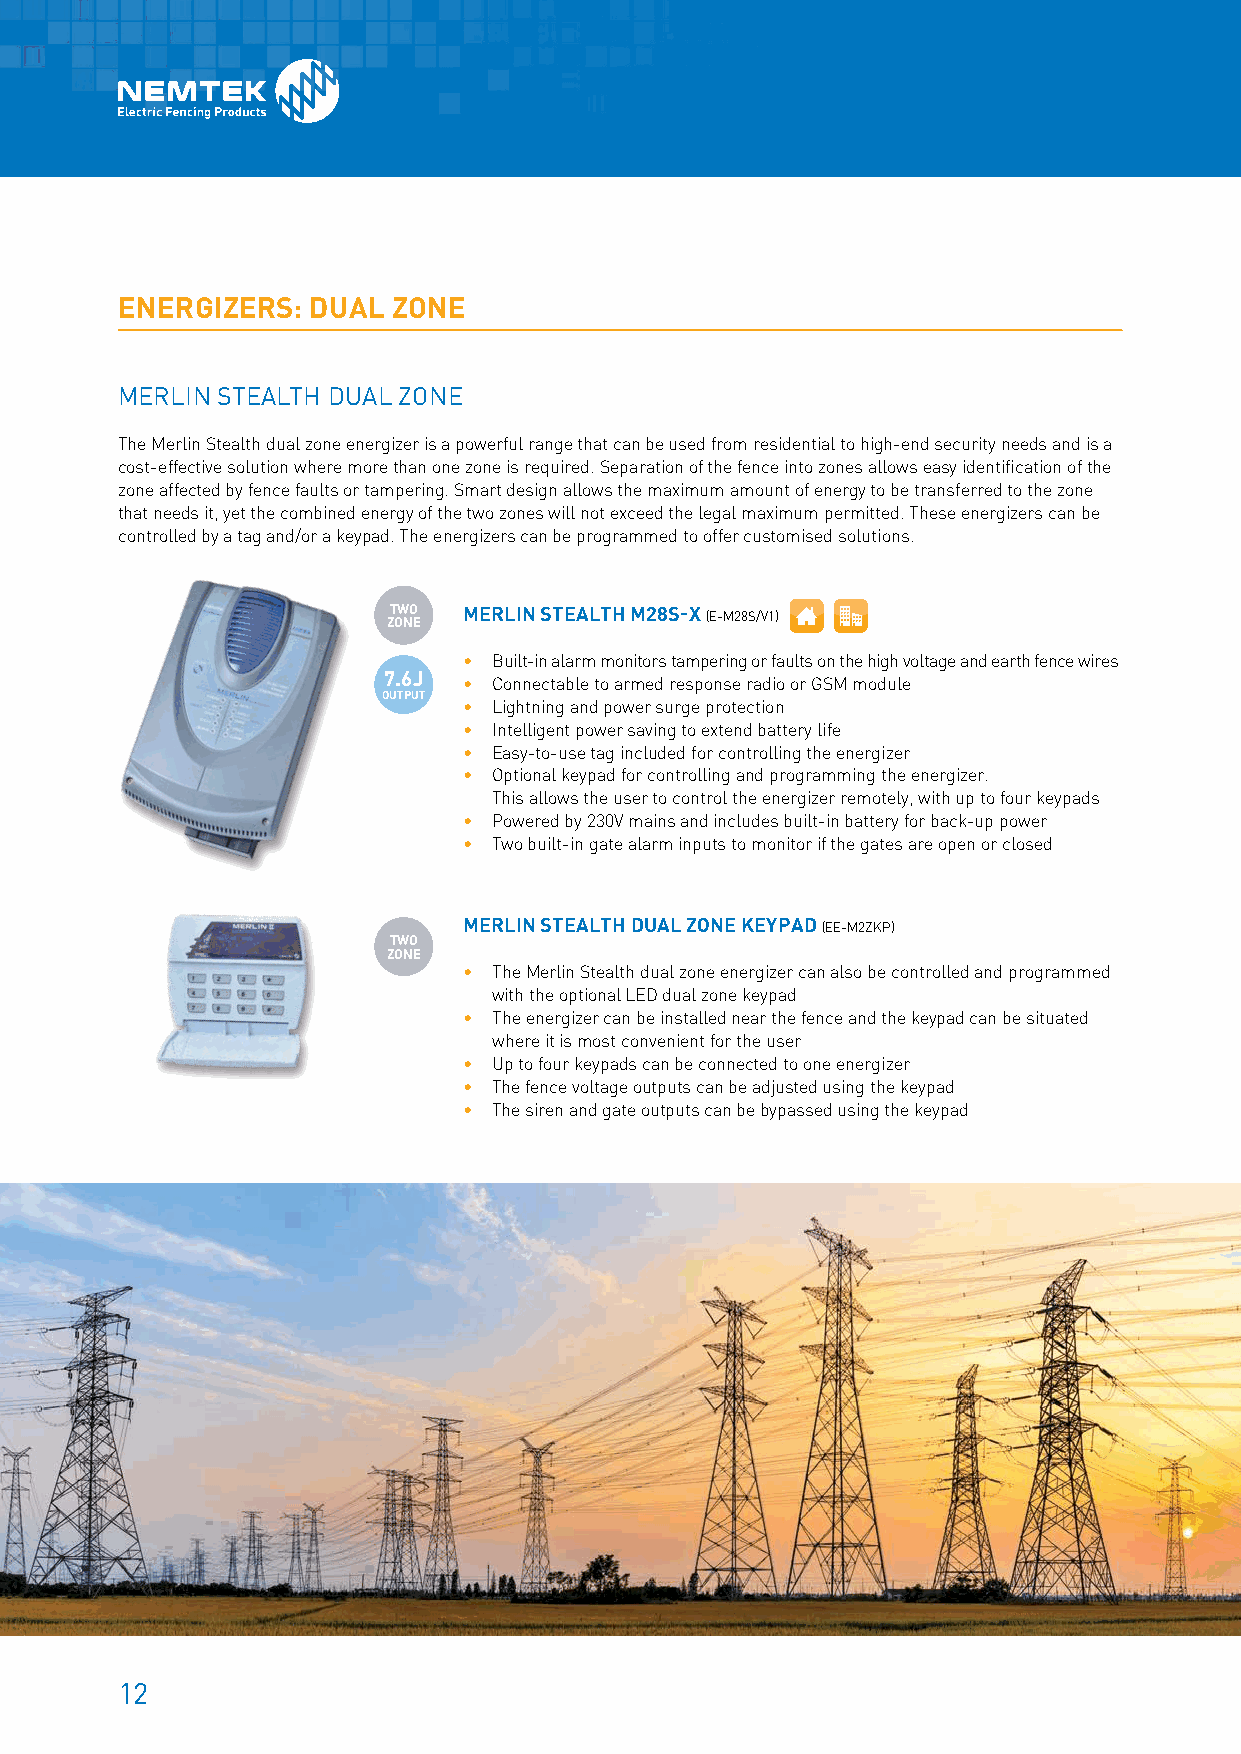
ENERGIZERS: DUAL  ZONE
 MERLIN STEALTH DUAL ZONE
 The Merlin Stealth dual zone energizer is a powerful range that can be used from residential to high-end security needs and is a
 cost-effective solution where more than one zone is required. Separation of the fence into zones allows easy identification of the
 zone affected by fence faults or tampering. Smart design allows the maximum amount of energy to be transferred to the zone
 that needs it, yet the combined energy of the two zones will not exceed the legal maximum permitted. These energizers can be
 controlled by a tag and/or a keypad. The energizers can be programmed to offer customised solutions.
 ZT OW NO E MERLIN STEALTH M28S-X (E-M28S/V1)
 • B uilt-in alarm monitors tampering or faults on the high voltage and earth fence wires
 7.6J  • Connectable to armed response radio or GSM module
 OUTPUT
 • Lightning and power surge protection
 • Intelligent power saving to extend battery life
 • Easy-to-use tag included for controlling the energizer
 • O ptional keypad for controlling and programming the energizer.
 This allows the user to control the energizer remotely, with up to four keypads
 • Powered by 230V mains and includes built-in battery for back-up power
 • Two built-in gate alarm inputs to monitor if the gates are open or closed
 MERLIN STEALTH DUAL ZONE KEYPAD (EE-M2ZKP)
 TWO
 ZONE
 • T he Merlin Stealth dual zone energizer can also be controlled and programmed
 with the optional LED dual zone keypad
 • T he energizer can be installed near the fence and the keypad can be situated
 where it is most convenient for the user
 • Up to four keypads can be connected to one energizer
 • The fence voltage outputs can be adjusted using the keypad
 • The siren and gate outputs can be bypassed using the keypad
 12